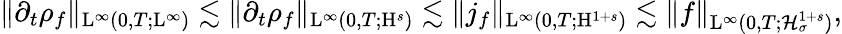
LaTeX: \begin{array}{r}{\Vert\partial_{t}\rho_{f}\Vert_{\mathrm{L}^{\infty}(0,T;\mathrm{L}^{\infty})}\lesssim\Vert\partial_{t}\rho_{f}\Vert_{\mathrm{L}^{\infty}(0,T;\mathrm{H}^{s})}\lesssim\Vert j_{f}\Vert_{\mathrm{L}^{\infty}(0,T;\mathrm{H}^{1+s})}\lesssim\Vert f\Vert_{\mathrm{L}^{\infty}(0,T;\mathcal{H}_{\sigma}^{1+s})},}\end{array}